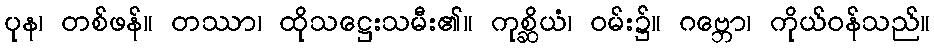
ပုန၊ တစ်ဖန်။ တဿာ၊ ထိုသဋ္ဌေးသမီး၏။ ကုစ္ဆိယံ၊ ဝမ်း၌။ ဂဗ္ဘော၊ ကိုယ်ဝန်သည်။